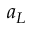
a _ { L }